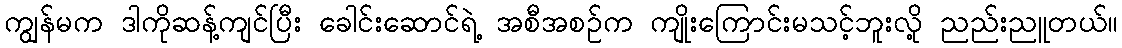
ကျွန်မက ဒါကိုဆန့်ကျင်ပြီး ခေါင်းဆောင်ရဲ့ အစီအစဉ်က ကျိုးကြောင်းမသင့်ဘူးလို့ ညည်းညူတယ်။